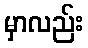
မှာလည်း